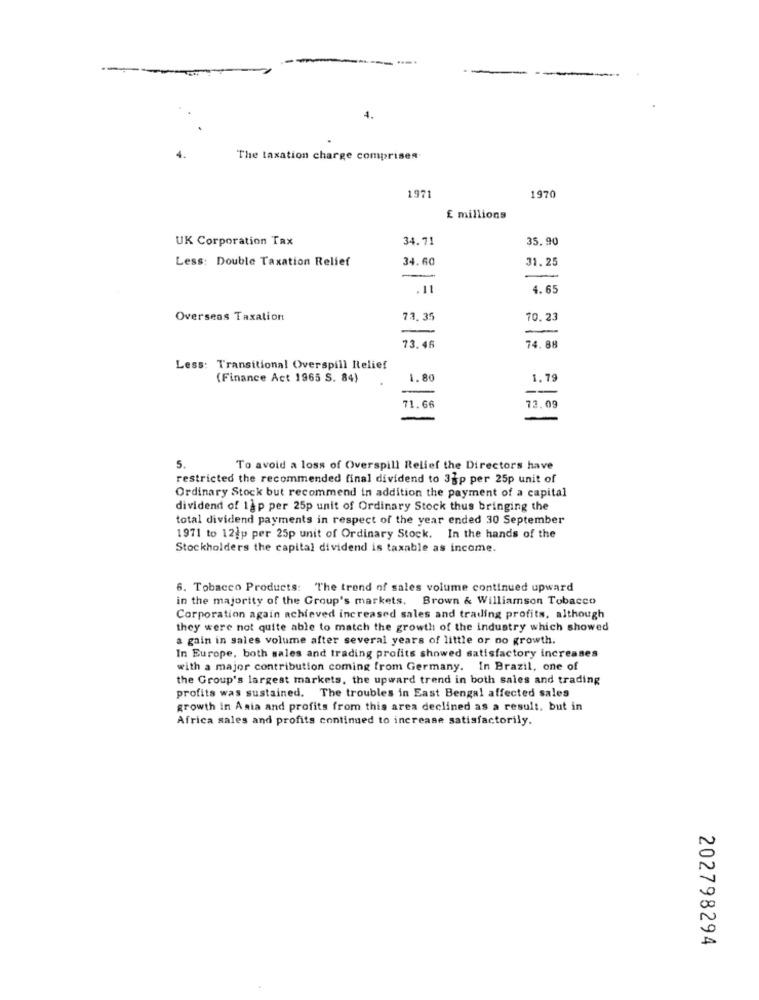
4.
The taxation charge comprisen.
1970
1971
E millions
UK Corporation Tax
34.71
35.90
Less: Double Taxation Relief
34.60
31.25
-
.11
4.65
Overseas Taxation
73. 39
70.23
73.46
74.88
Less: Transitional Overspill Relief
(Finance Act 1965 S. 84)
1.80
1.79
71.66
73.09
5.
To avoid a loss of Overspill Relief the Directors have
restricted the recommended final dividend to 3gp per 25p unit of
Ordinary Stock but recommend in addition the payment of a capital
dividend of 1ap per 25p unit of Ordinary Stock thus bringing the
total dividend payments in respect of the year ended 30 September
1971 to 12)p per 25p unit of Ordinary Stock. In the hands of the
Stockholders the capital dividend is taxable as income.
6. Tobacco Products: The trend of sales volume continued upward
in the majority of the Group's markets. Brown & Williamson Tobacco
Corporation again achieved increased sales and trading profits, although
they were not quite able to match the growth of the industry which showed
a gain in sales volume after several years of little or no growth.
In Europe, both sales and trading profits showed satisfactory increases
with a major contribution coming from Germany. In Brazil, one of
the Group's largest markets, the upward trend in both sales and trading
profits was sustained. The troubles in East Bengal affected sales
growth in Asia and profits from this area declined as a result, but in
Africa sales and profits continued to increase satisfactorily.
202798294